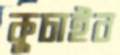
কুচাইব